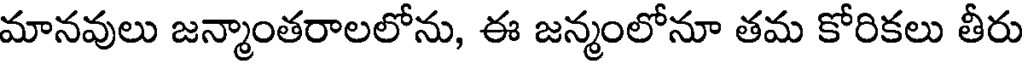
మానవులు జన్మాంతరాలలోను, ఈ జన్మంలోనూ తమ కోరికలు తీరు